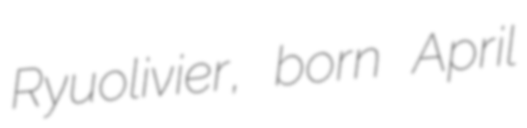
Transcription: Ryuolivier, born April